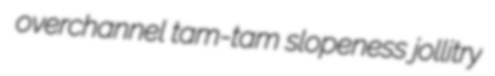
overchannel tam-tam slopeness jollitry